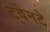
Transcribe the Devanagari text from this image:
ट्वेनटे